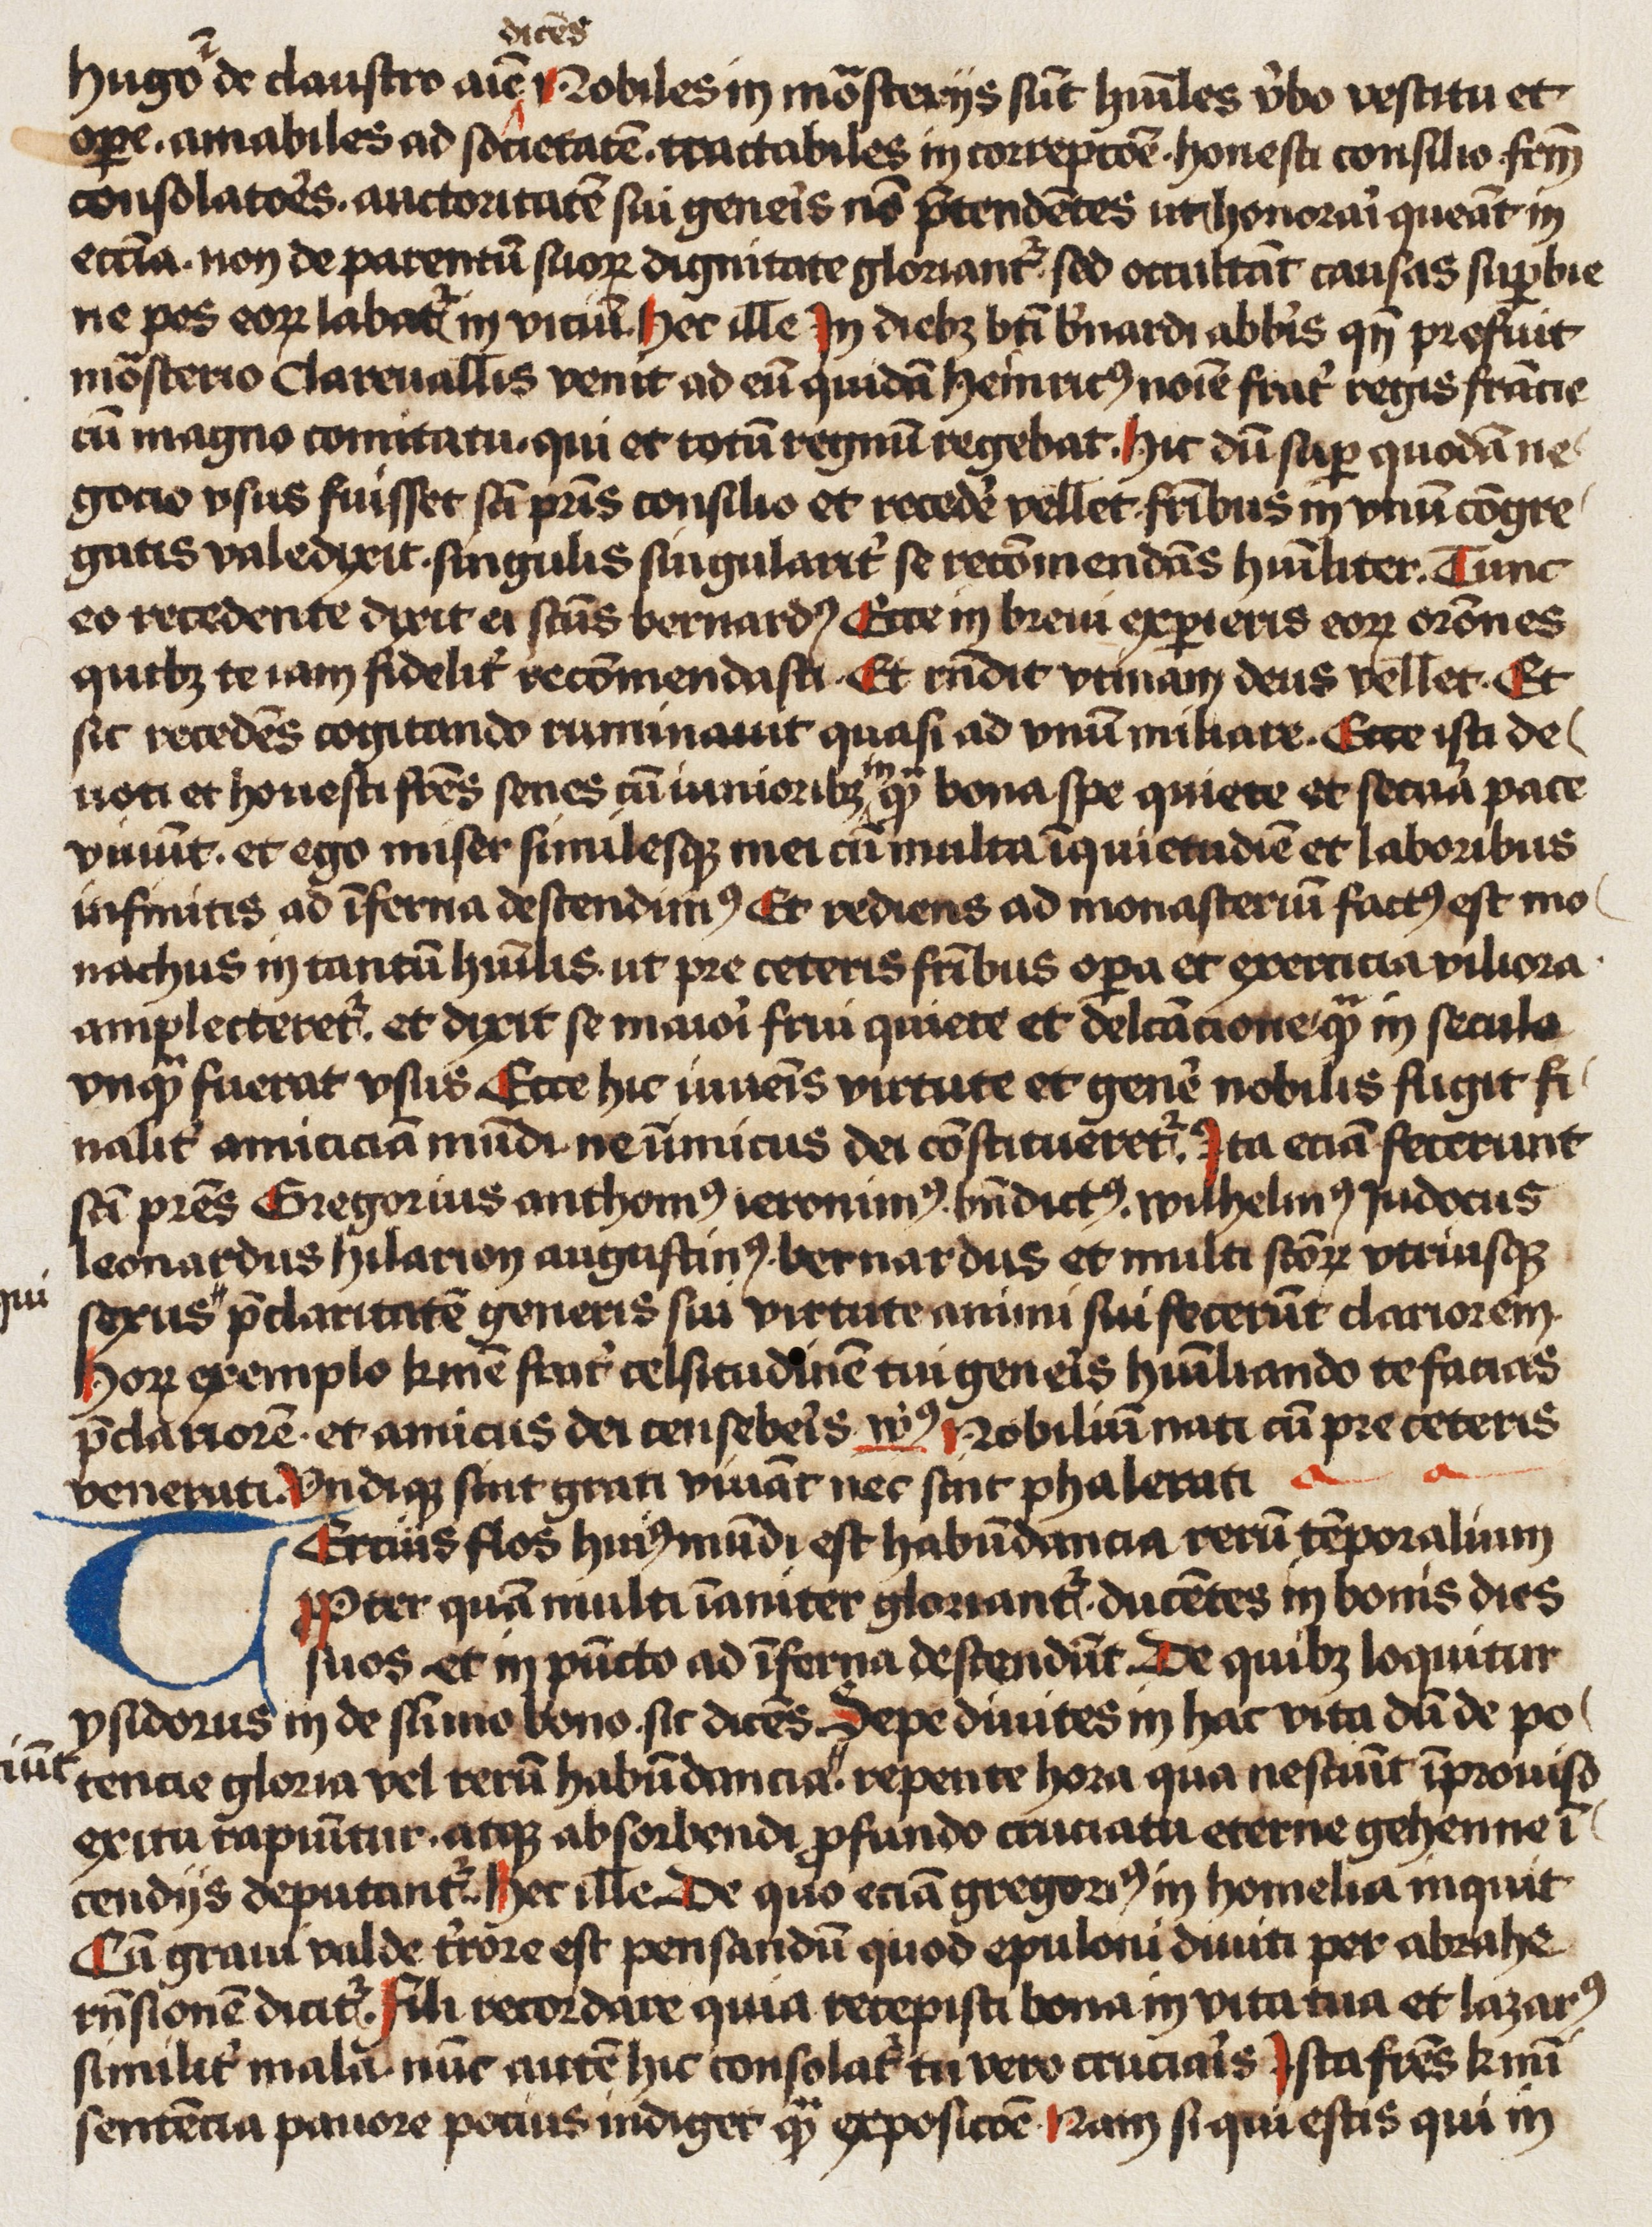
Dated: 1466–1466